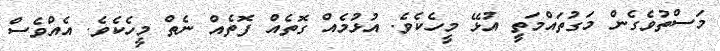
މަސްތުވެގެން މަގުތައްމަތީ އުޅޭ މީހެކެވެ. އުޅުމެއް ގޮތެއް ފޮތެއް ނެތް މީހެކެވެ. އެއްވެސް